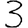
Digit: 3